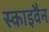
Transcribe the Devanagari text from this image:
स्काइवैन